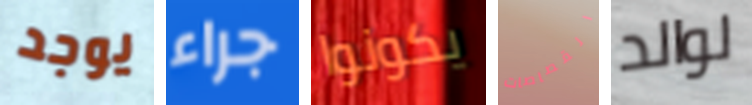
يوجد جراء يكونوا القصاصات لوالد